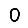
Digit: 0